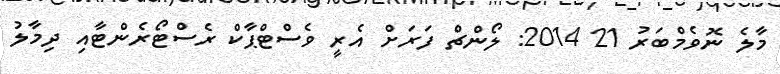
މާލެ ނޮވެމްބަރު 21 2014: ލޯންޗް ފަރަށް އެރީ ވެސްޓްޕާކް ރެސްޓޯރެންޓާއި ދިމާލު